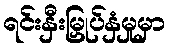
ရင်းနှီးမြှုပ်နှံမှုမှာ